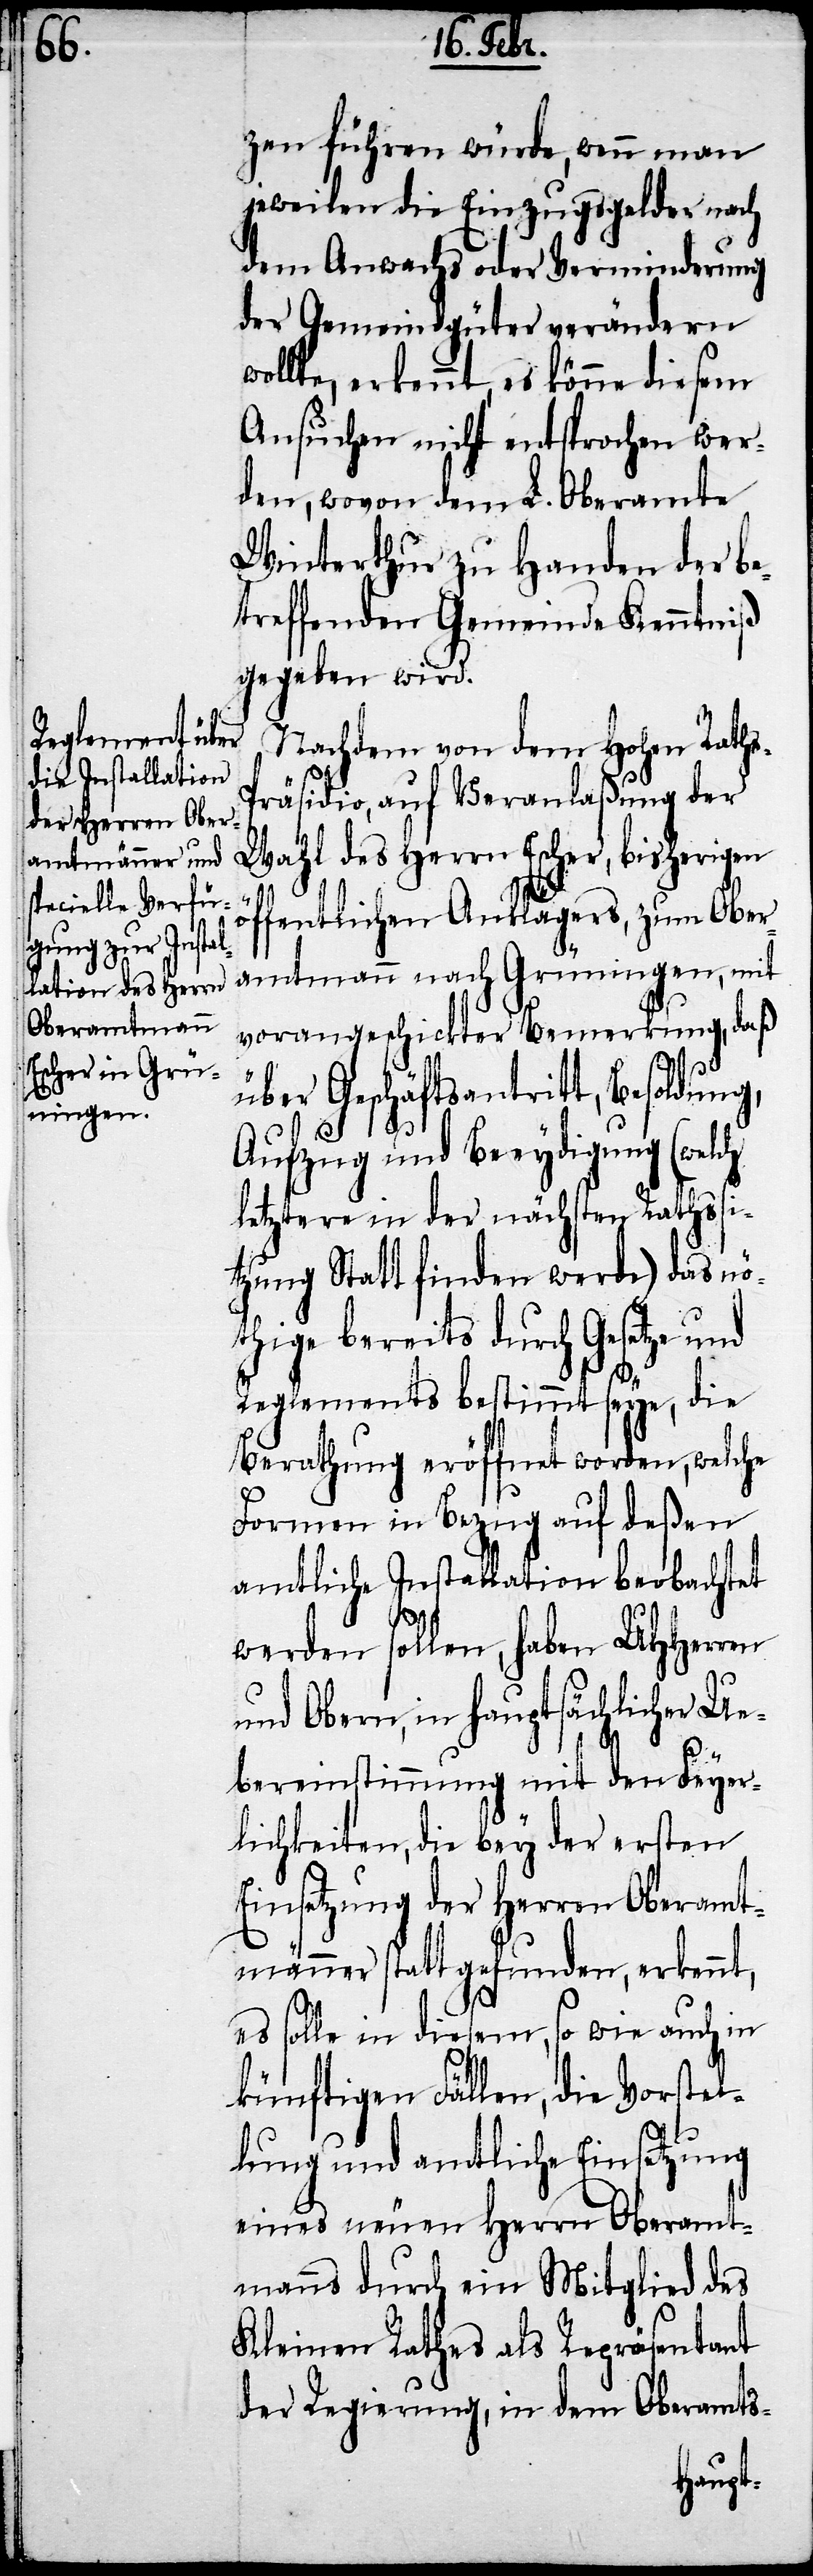
öf¬

zen führen würde, wenn man
jeweilen die Einzugsgelder nach
dem Anwachs oder Verminderung
der Gemeindgüter verändern
wollte, erkennt, es könne diesem
Ansuchen nicht entsprochen wer¬
den, wovon dem L. Oberamte
Winterthur zu Handen der be¬
treffenden Gemeinde Kenntniß
gegeben wird.
Nachdem von dem Hohen Rath¬
räsidio, auf Veranlaßung der
Wahl des Herrn Escher, bisherigen
fentlichen Anklägers, zum Ober¬
amtmann nach Grüningen, mit
vorangeschickter Bemerkung, daß
über Geschäftsantritt, Besoldung,
Aufzug und Beeydigung (welch
letztere in der nächtsten Rathssi¬
tzung Statt finden werde) das nö¬
thige bereits durch Gesetze und
Reglements bestimmt seye, die
Berathung eröffnet worden, welche
Formen in Bezug auf deßen
amtliche Installation beobachtet
werden sollen, haben UHHerren
und Obern, in hauptsächlicher Ue¬
bereinstimmung mit den Feyer¬
lichkeiten, die bey der ersten
Einsetzung der Herren Oberamt¬
männer statt gefunden, erkennt,
es solle in diesem, so wie auch in
künftigen Fällen, die Vorstel¬
lung und amtliche Einsetzung
eines neuen Herrn Oberamt¬
manns durch ein Mitglied des
Kleinen Rathes als Repräsentant
der Regierung, in dem Oberamts-